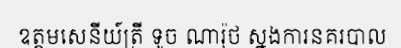
ឧត្តមសេនីយ៍ត្រី ទូច ណារ៉ុថ ស្នងការនគរបាល